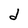
Character: d